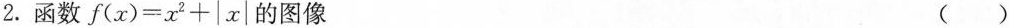
2.函数$$f ( x ) = x ^ 2 + | x |$$的图像 ()